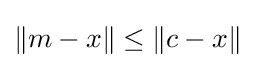
\|m-x\|\leq \|c-x\|